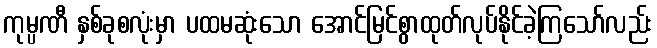
ကုမ္ပဏီ နှစ်ခုစလုံးမှာ ပထမဆုံးသော အောင်မြင်စွာထုတ်လုပ်နိုင်ခဲ့ကြသော်လည်း